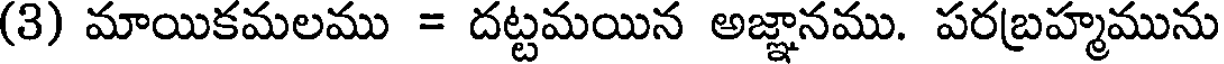
(3) మాయికమలము = దట్టమయిన అజ్ఞానము. పరబ్రహ్మమును